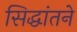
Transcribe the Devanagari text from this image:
सिद्धांतने